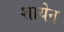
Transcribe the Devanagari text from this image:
शायेन